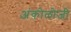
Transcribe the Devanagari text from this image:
अंकोलोजी